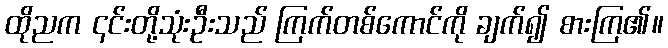
ထိုညက ၎င်းတို့သုံးဦးသည် ကြက်တစ်ကောင်ကို ချက်၍ စားကြ၏။